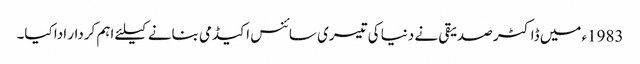
1983ء میں ڈاکٹر صدیقی نے دنیا کی تیسری سائنس اکیڈمی بنانے کیلئے اہم کردار ادا کیا۔